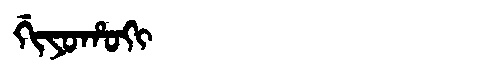
Manchu: ᡤᡳᠶᠣᡥᠣᡴᡳ
Romanization: GIYOHOKI